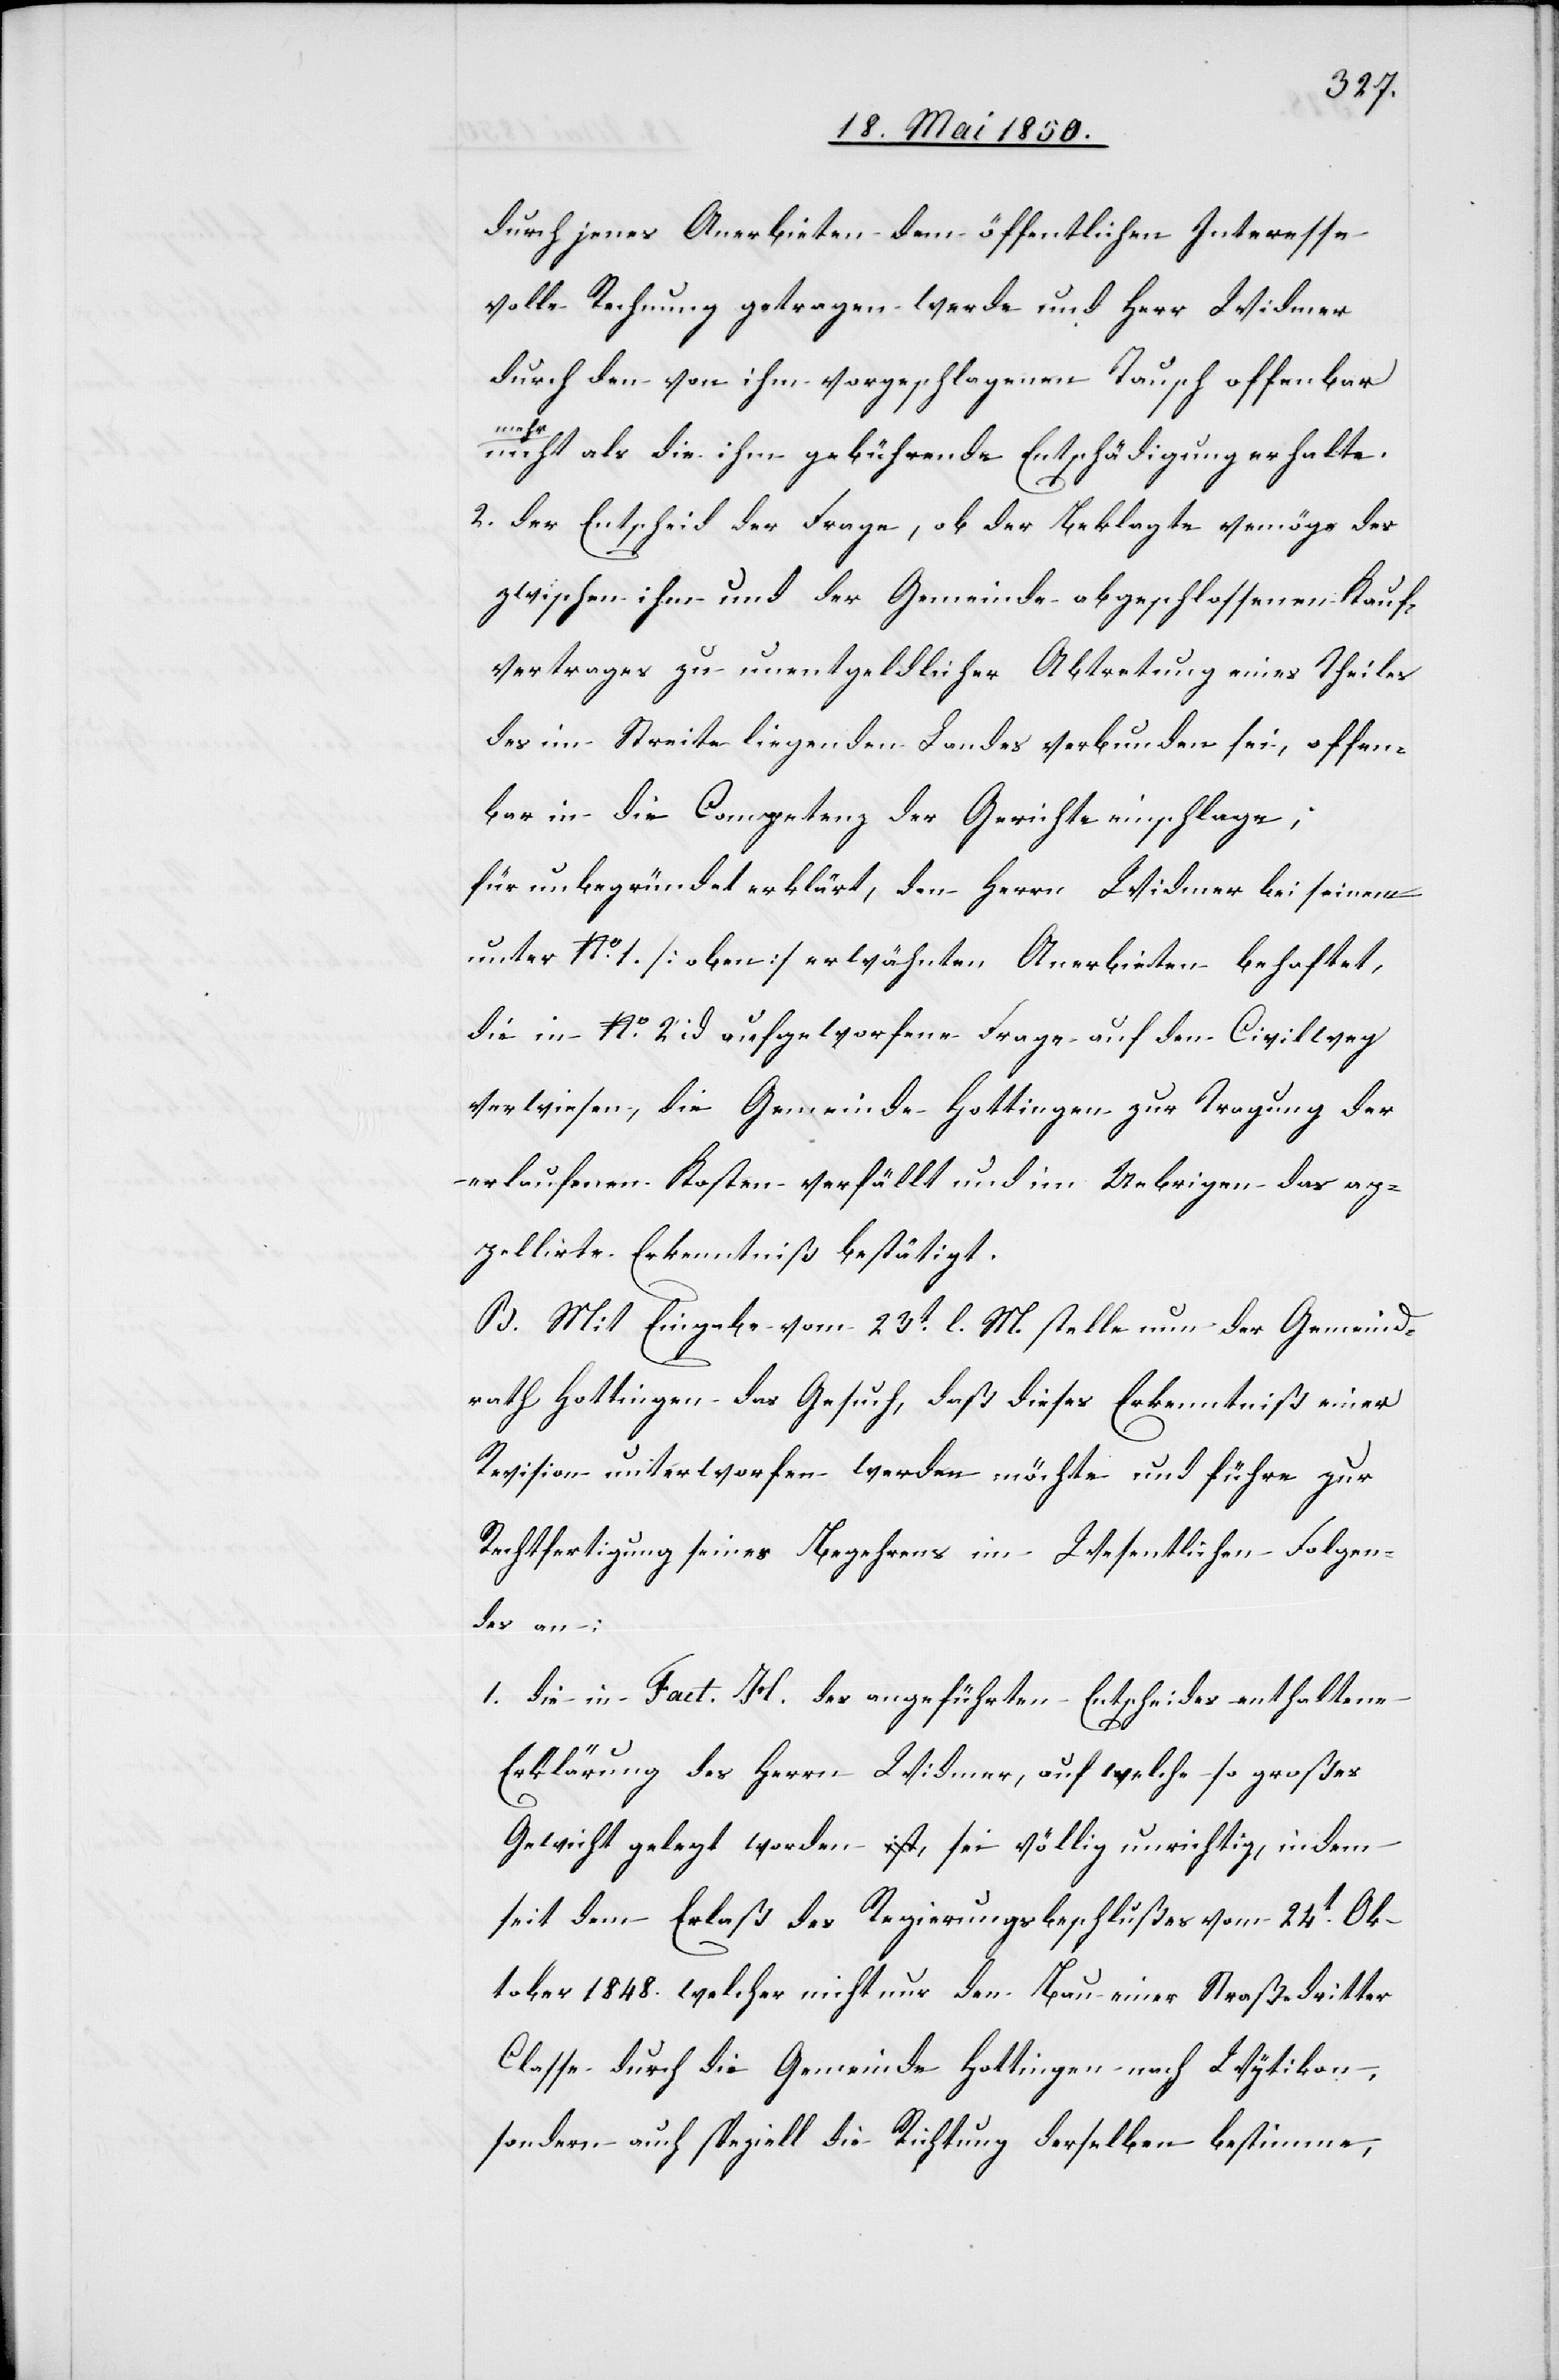
durch jenes Anerbieten dem öffentlichen Interesse
volle Rechnung getragen werde und Herr Widmer
durch den von ihm vorgeschlagenen Tausch offenbar
mehr
nicht als die ihm gebührende Entschädigung erhalte.
2. der Entscheid der Frage, ob der Beklagte vermöge des
zwischen ihm und der Gemeinde abgeschlossenen Kauf¬
vertrages zu unentgeldlicher Abtretung eines Theiles
des im Streite liegenden Landes verbunden sei, offen¬
bar in die Competenz der Gerichte einschlage;
für unbegründet erklärt, den Herrn Widmer behaftet,
die in No. 2 id aufgeworfene Frage auf den Civilweg
verwiesen, die Gemeinde Hottingen zur Tragung der
erlaufenen Kosten verfällt und im Uebrigen das ap¬
pellirte Erkenntiß bestätigt.
B. Mit Eingabe vom 23t l. M. stelle nun der Gemeind¬
rath Hottingen das Gesuch, daß dieses Erkenntniß einer
Revision unterworfen werden möchte und führe zur
Rechtfertigung seines Begehrens im Wesentlichen Folgen¬
des an:
1. die in Fact. H. des angeführten Entscheides enthaltene
Erklärung des Herrn Widmer, auf welche so großes
Gewicht gelegt worden, sei völlig unrichtig, indem
seit dem Erlaß des Regierungsbeschlußes vom 24t Ok¬
tober 1848. welcher nicht nur den Bau einer Straße dritter
Classe durch die Gemeinde Hottingen nach Wytikon,
sondern auch speziell die Richtung derselben bestimme,